Report on the bubonic plague in Bombay, 1896-1897
Year: 1896
Disease focus: Plague
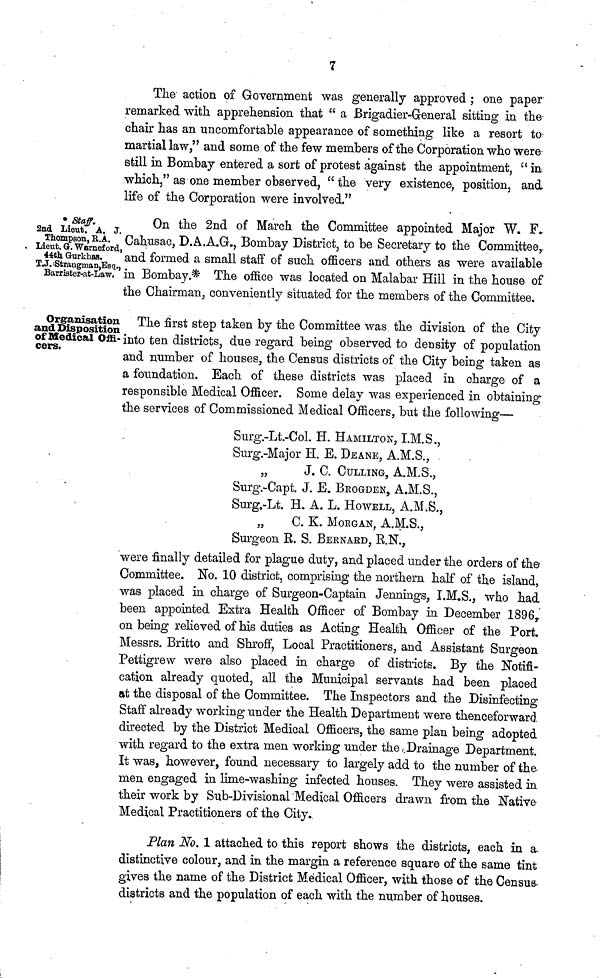
7
The action of Government was generally approved ; one paper
remarked with apprehension that " a Brigadier-General sitting in the
chair has an uncomfortable appearance of something like a resort to
martial law," and some of the few members of the Corporation who were
still in Bombay entered a sort of protest against the appointment, " in
which," as one member observed, " the very existence, position, and
life of the Corporation were involved."
* Staff.
2nd Lieut. A. J.
Thompson, K.A.
Lieut. G. Wornef ord,
44th Gurkhas.
T.J. Strangman, Esq.,
Barrister-at-Law,
On the 2nd of March the Committee appointed Major W. F.Cahusac, D.A.A.G., Bomb
and formed a small staff of such officers and others as were available
in Bombay.* The office was located on Malabar Hill in the house of
the Chairman, conveniently situated for the members of the Committee.
Organisation
and Disposition
of Medical Offi-
cers.
The first step taken by the Committee was the division of the City
into ten districts, due regard being observed to density of population
and number of houses, the Census districts of the City being taken as
a foundation. Each of these districts was placed in charge of a
responsible Medical Officer. Some delay was experienced in obtaining
the services of Commissioned Medical Officers, but the following—
Surg.-Lt.-Col. H. HAMILTON, I.M.S.,
Surg.-Major H. E. DEANE, A.M.S.,
„
J. C. CULLING, A.M.S.,
Surg.-Capt. J. E. BEOGDEN, A.M.S.,
Surg.-Lt. H. A. L. HOWELL, A.M.S.,
C. K. MOBGAN, A.M.S.,
Surgeon R. S. BEENAED, R.N.,
were finally detailed for plague duty, and placed under the orders of the
Committee. No. 10 district, comprising the northern half of the island,
was placed in charge of Surgeon-Captain Jennings, I.M.S., who had
been appointed Extra Health Officer of Bombay in December 1896,
on being relieved of his duties as Acting Health Officer of the Port.
Messrs. Britto and Shroff, Local Practitioners, and Assistant Surgeon
Pettigrew were also placed in charge of districts. By the Notifi-
cation already quoted, all the Municipal servants had been placed
at the disposal of the Committee. The Inspectors and the Disinfecting
Staff already working under the Health Department were thenceforward
directed by the District Medical Officers, the same plan being adopted
with regard to the extra men working under the Drainage Department.
It was, however, found necessary to largely add to the number of the
men engaged in lime-washing infected houses. They were assisted in
their work by Sub-Divisional Medical Officers drawn from the Native
Medical Practitioners of the City.
Plan No. 1 attached to this report shows the districts, each in a.
distinctive colour, and in the margin a reference square of the same tint
gives the name of the District Medical Officer, with those of the Census-
districts and the population of each with the number of houses.